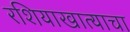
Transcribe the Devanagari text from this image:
रशियाखात्याचा